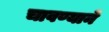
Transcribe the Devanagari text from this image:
चावण्याने